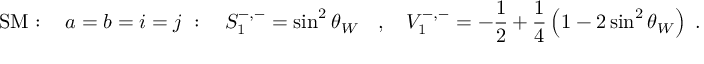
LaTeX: \mathrm { S M } : \ \ \ a = b = i = j \ : \ \ \ S _ { 1 } ^ { - , - } = \sin ^ { 2 } \theta _ { W } \ \ \ , \ \ \ V _ { 1 } ^ { - , - } = - \frac { 1 } { 2 } + \frac { 1 } { 4 } \left( 1 - 2 \sin ^ { 2 } \theta _ { W } \right) \ .